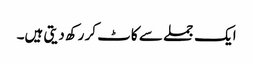
ایک جملے سے کاٹ کر رکھ دیتی ہیں۔